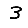
Digit: 3